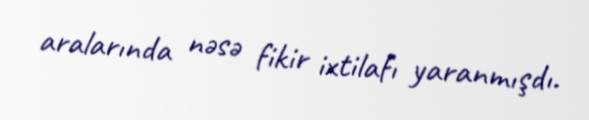
aralarında nəsə fikir ixtilafı yaranmışdı.